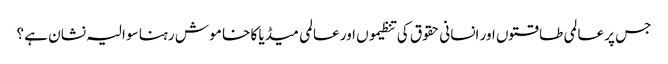
جس پر عالمی طا قتوں اور انسانی حقوق کی تنظیموں اور عالمی میڈیا کا خا مو ش رہنا سو الیہ نشان ہے ؟